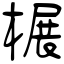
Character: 榐